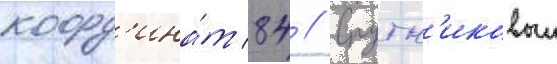
коорд'ина́т 84 // Спутн'иковыи